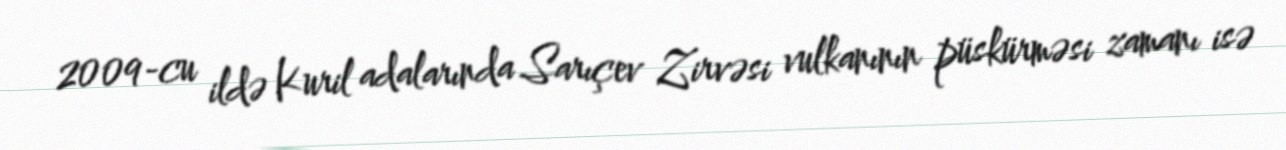
2009-cu ildə Kuril adalarında Sarıçev Zirvəsi vulkanının püskürməsi zamanı isə